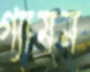
গ্যামন